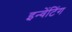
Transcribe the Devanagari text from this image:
इन्वेंटिंग